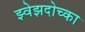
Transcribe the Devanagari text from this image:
झ्वेझदोच्का